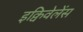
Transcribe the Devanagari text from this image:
इक्विवेलेंस